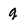
Character: g